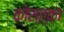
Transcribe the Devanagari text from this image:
कोस्त्का